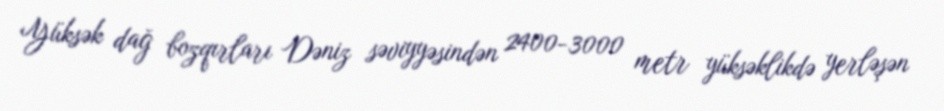
Yüksək dağ bozqırları Dəniz səviyyəsindən 2400-3000 metr yüksəklikdə yerləşən